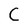
Character: C